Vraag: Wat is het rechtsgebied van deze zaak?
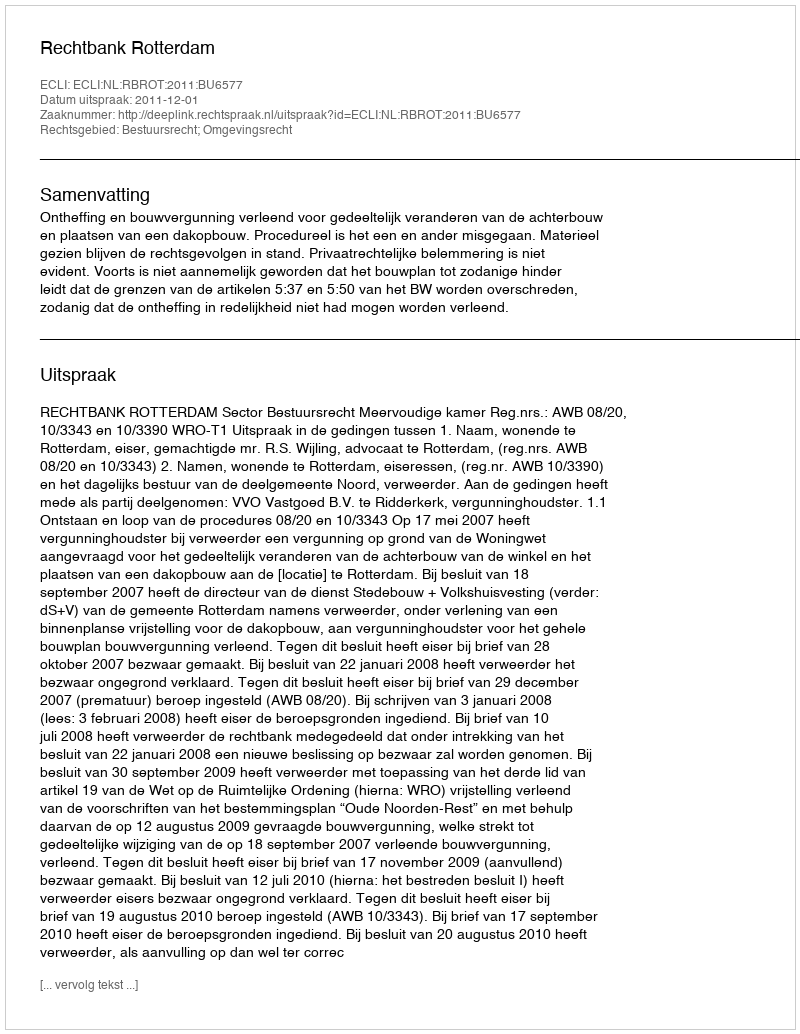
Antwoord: Bestuursrecht; Omgevingsrecht